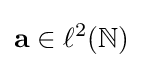
\mathbf {a} \in \ell ^{2}(\mathbb {N} )